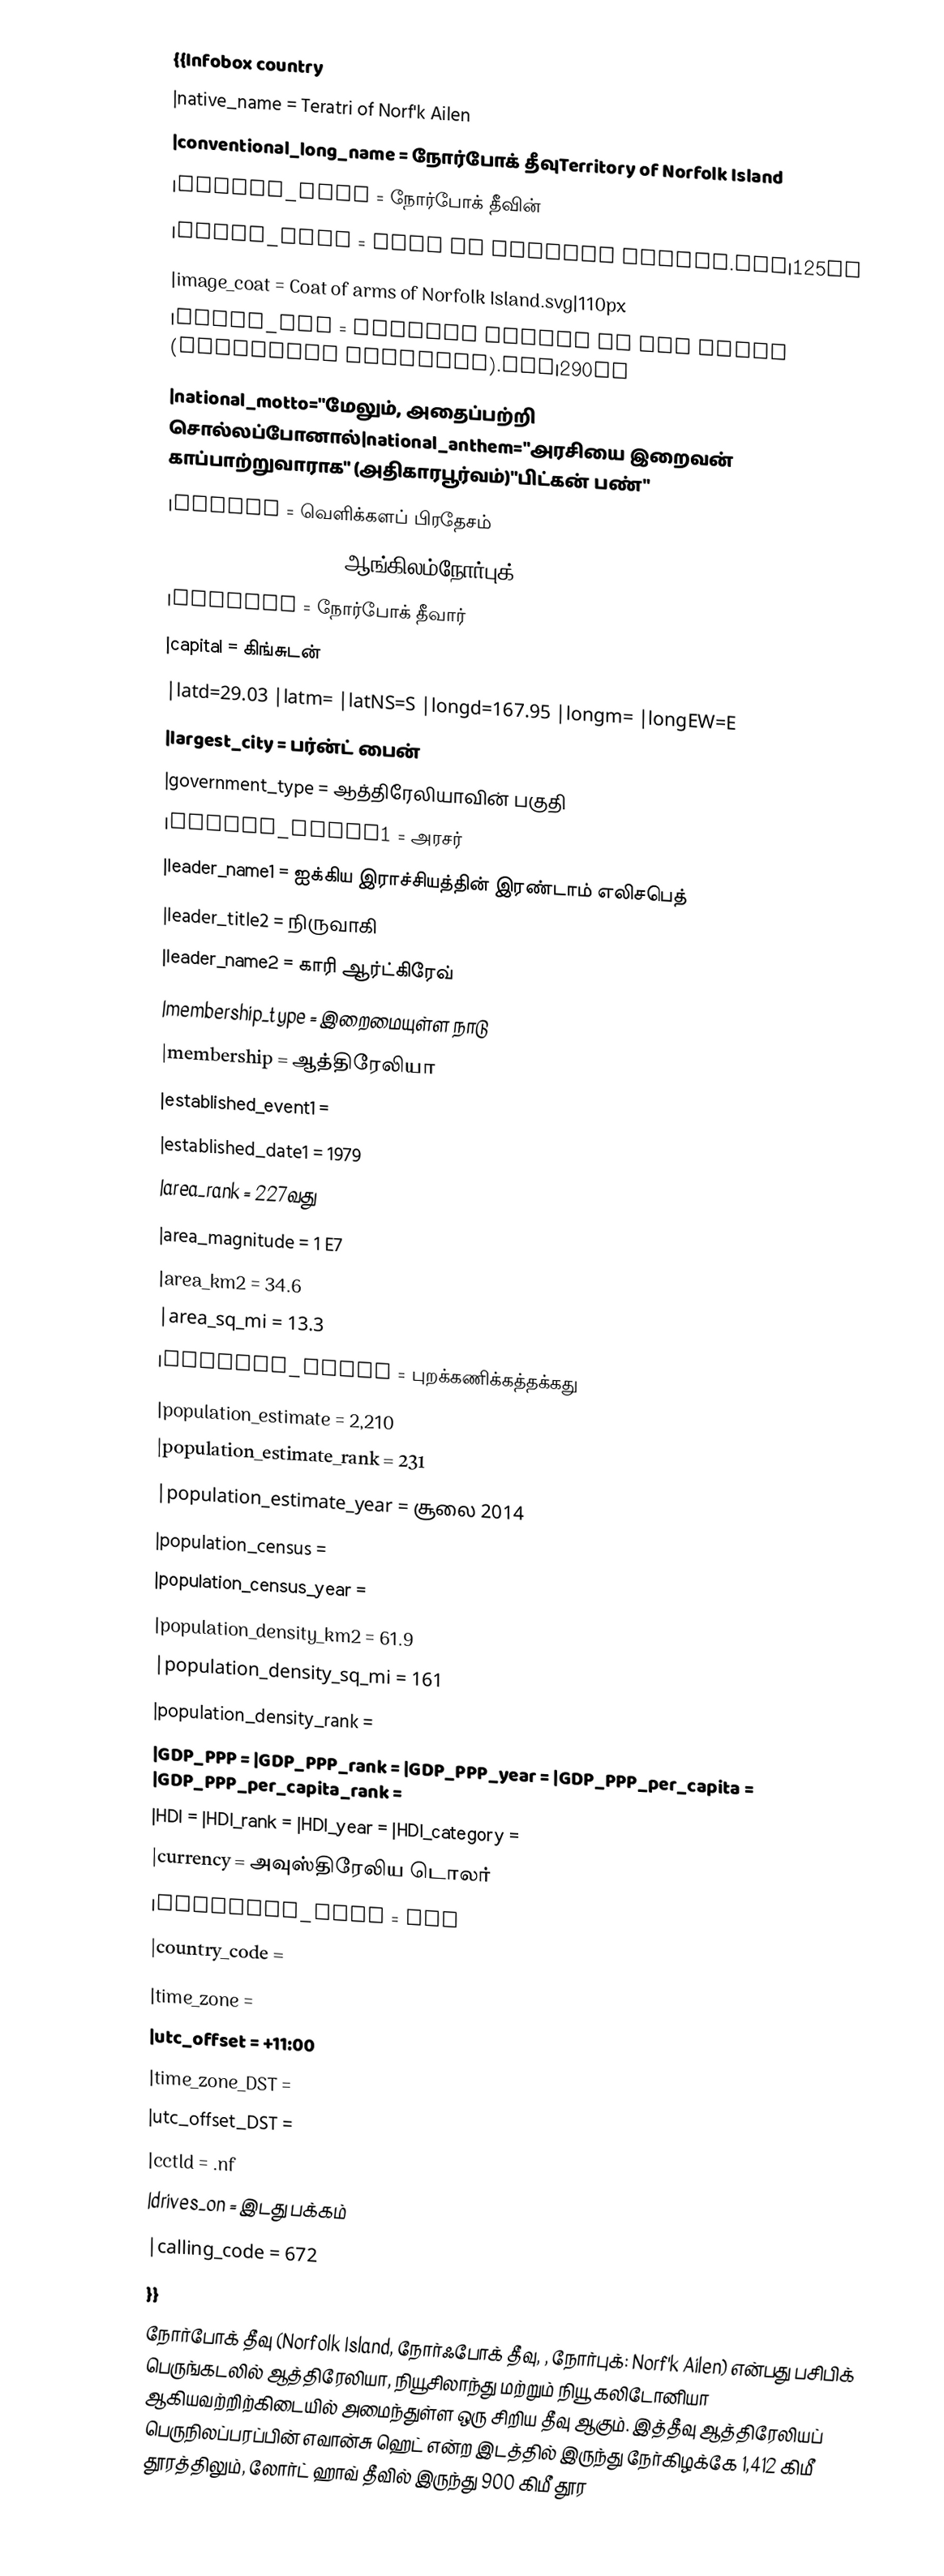
{{Infobox country
|native_name = Teratri of Norf'k Ailen
|conventional_long_name = நோர்போக் தீவுTerritory of Norfolk Island
|common_name = நோர்போக் தீவின்
|image_flag = Flag of Norfolk Island.svg|125px
|image_coat = Coat of arms of Norfolk Island.svg|110px
|image_map = Norfolk Island on the globe (Polynesia centered).svg|290px
|national_motto="மேலும், அதைப்பற்றி சொல்லப்போனால்|national_anthem="அரசியை இறைவன் காப்பாற்றுவாராக" (அதிகாரபூர்வம்)"பிட்கன் பண்"
|status = வெளிக்களப் பிரதேசம்
|official_languages = ஆங்கிலம்நோர்புக்
|demonym = நோர்போக் தீவார்
|capital = கிங்சுடன்
|latd=29.03 |latm= |latNS=S |longd=167.95 |longm= |longEW=E
|largest_city = பர்ன்ட் பைன்
|government_type = ஆத்திரேலியாவின் பகுதி
|leader_title1 = அரசர்
|leader_name1 = ஐக்கிய இராச்சியத்தின் இரண்டாம் எலிசபெத்
|leader_title2 = நிருவாகி
|leader_name2 = காரி ஆர்ட்கிரேவ்
|membership_type = இறைமையுள்ள நாடு
|membership = ஆத்திரேலியா
|established_event1 =
|established_date1 = 1979
|area_rank = 227வது
|area_magnitude = 1 E7
|area_km2 = 34.6
|area_sq_mi = 13.3
|percent_water = புறக்கணிக்கத்தக்கது
|population_estimate = 2,210
|population_estimate_rank = 231
|population_estimate_year = சூலை 2014
|population_census =
|population_census_year =
|population_density_km2 = 61.9
|population_density_sq_mi = 161
|population_density_rank =
|GDP_PPP = |GDP_PPP_rank = |GDP_PPP_year = |GDP_PPP_per_capita = |GDP_PPP_per_capita_rank =
|HDI = |HDI_rank = |HDI_year = |HDI_category =
|currency = அவுஸ்திரேலிய டொலர்
|currency_code = AUD
|country_code =
|time_zone =
|utc_offset = +11:00
|time_zone_DST =
|utc_offset_DST =
|cctld = .nf
|drives_on = இடது பக்கம்
|calling_code = 672
}}
நோர்போக் தீவு (Norfolk Island, நோர்ஃபோக் தீவு, , நோர்புக்: Norf'k Ailen) என்பது பசிபிக் பெருங்கடலில் ஆத்திரேலியா, நியூசிலாந்து மற்றும் நியூ கலிடோனியா ஆகியவற்றிற்கிடையில் அமைந்துள்ள ஒரு சிறிய தீவு ஆகும். இத்தீவு ஆத்திரேலியப் பெருநிலப்பரப்பின் எவான்சு ஹெட் என்ற இடத்தில் இருந்து நேர்கிழக்கே 1,412 கிமீ தூரத்திலும், லோர்ட் ஹாவ் தீவில் இருந்து 900 கிமீ தூர